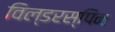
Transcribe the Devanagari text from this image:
विल्डरस्पिन